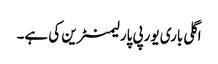
اگلی باری یورپی پارلیمنٹرین کی ہے۔